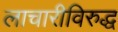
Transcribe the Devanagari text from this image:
लाचारीविरुद्ध